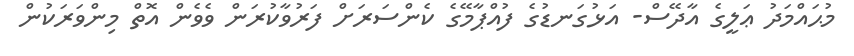
މުޙައްމަދު ޢަލީގެ އާދޭސް- އަޅުގަނޑުގެ ފުއްޕާމޭގެ ކެންސަރަށް ފަރުވާކުރަން ވެވެން އޮތް މިންވަރަކުން